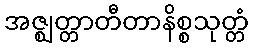
အဇ္ဈတ္တာတီတာနိစ္စသုတ္တံ